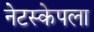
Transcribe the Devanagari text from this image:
नेटस्केपला